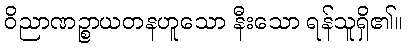
ဝိညာဏဉ္စာယတနဟူသော နီးသော ရန်သူရှိ၏။